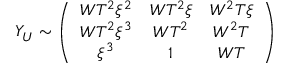
Y _ { U } \sim \left( \begin{array} { c c c } { { W T ^ { 2 } \xi ^ { 2 } } } & { { W T ^ { 2 } \xi } } & { { W ^ { 2 } T \xi } } \\ { { W T ^ { 2 } \xi ^ { 3 } } } & { { W T ^ { 2 } } } & { { W ^ { 2 } T } } \\ { { \xi ^ { 3 } } } & { { 1 } } & { { W T } } \end{array} \right)